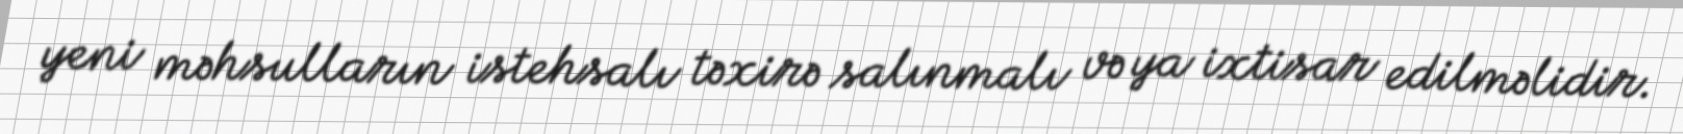
yeni məhsulların istehsalı təxirə salınmalı və ya ixtisar edilməlidir.